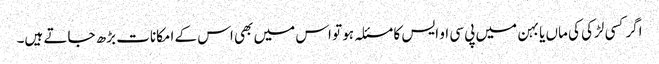
اگرکسی لڑکی کی ماں یا بہن میں پی سی او ایس کا مسئلہ ہو تو اس میں بھی اس کے امکانات بڑھ جاتے ہیں۔